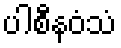
ပါစီနဝံသံ